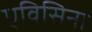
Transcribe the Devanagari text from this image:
एविसिना